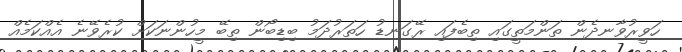
ހަވީރުވާނދެން ތަންމަތީގައި ތިބެފައި ރޭގަނޑު ހަތަރުދަމު ބިޑިބޯން ތިބޭ މީހުންނަކަށް ކުރެވޭނެ އެއްކަމެއް